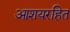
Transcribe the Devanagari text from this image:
आशयरहित